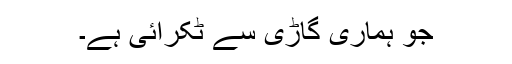
جو ہماری گاڑی سے ٹکرائی ہے۔